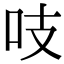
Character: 吱